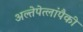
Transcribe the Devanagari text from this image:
अल्तेपेत्लांपैकी